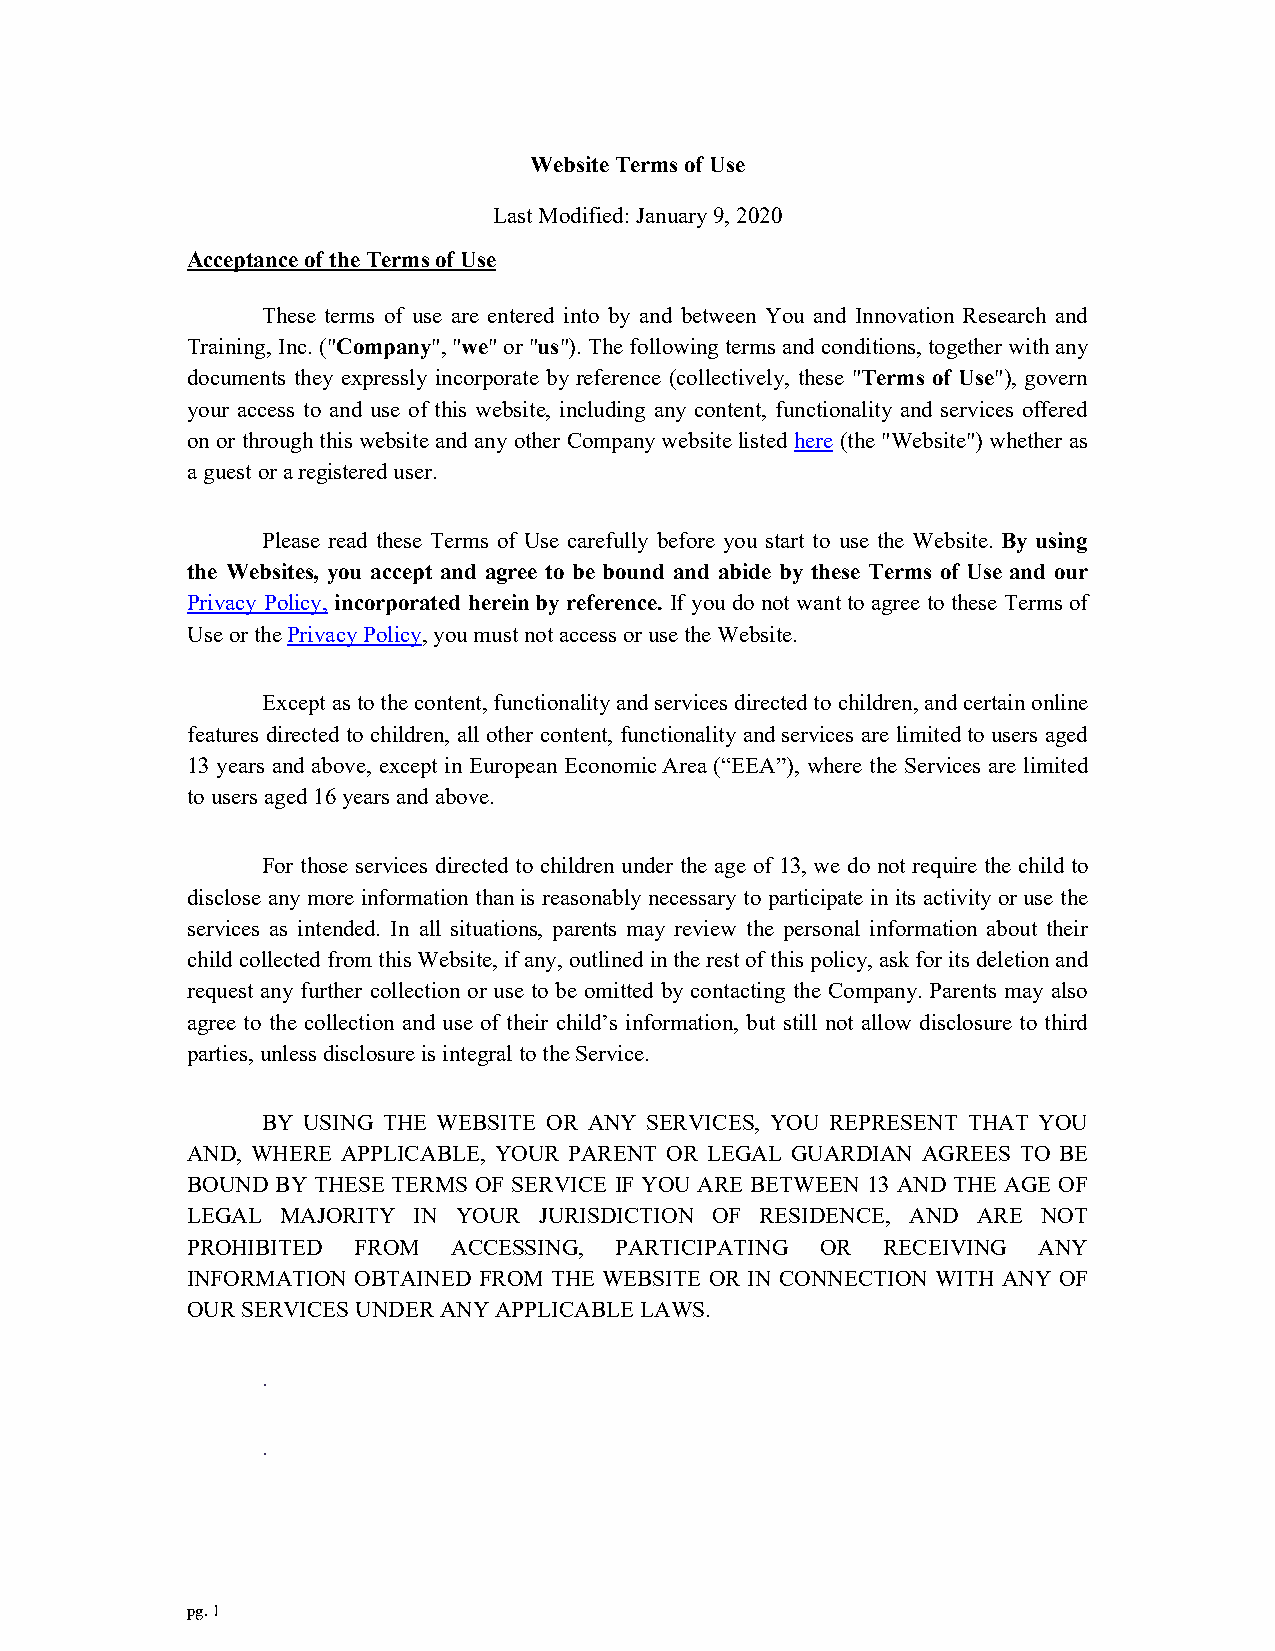
Website Terms of Use
 Last Modified: January 9, 2020
 Acceptance of the Terms of Use
 These terms of use are entered into by and between You and Innovation Research and
 Training, Inc. ("Company", "we" or "us"). The following terms and conditions, together with any
 documents they expressly incorporate by reference (collectively, these "Terms of Use"), govern
 your access to and use of this website, including any content, functionality and services offered
 on or through this website and any other Company website listed here (the "Website") whether as
 a guest or a registered user.
 Please read these Terms of Use carefully before you start to use the Website. By using
 the Websites, you accept and agree to be bound and abide by these Terms of Use and our
 Privacy Policy, incorporated herein by reference. If you do not want to agree to these Terms of
 Use or the Privacy Policy, you must not access or use the Website.
 Except as to the content, functionality and services directed to children, and certain online
 features directed to children, all other content, functionality and services are limited to users aged
 13 years and above, except in European Economic Area (“EEA”), where the Services are limited
 to users aged 16 years and above.
 For those services directed to children under the age of 13, we do not require the child to
 disclose any more information than is reasonably necessary to participate in its activity or use the
 services as intended. In all situations, parents may review the personal information about their
 child collected from this Website, if any, outlined in the rest of this policy, ask for its deletion and
 request any further collection or use to be omitted by contacting the Company. Parents may also
 agree to the collection and use of their child’s information, but still not allow disclosure to third
 parties, unless disclosure is integral to the Service.
 BY USING THE WEBSITE OR ANY SERVICES, YOU REPRESENT THAT YOU
 AND, WHERE APPLICABLE, YOUR PARENT OR LEGAL GUARDIAN AGREES TO BE
 BOUND BY THESE TERMS OF SERVICE IF YOU ARE BETWEEN 13 AND THE AGE OF
 LEGAL  MAJORITY IN YOUR JURISDICTION OF RESIDENCE, AND ARE NOT
 PROHIBITED  FROM  ACCESSING, PARTICIPATING OR RECEIVING  ANY
 INFORMATION OBTAINED FROM THE WEBSITE OR IN CONNECTION WITH ANY OF
 OUR SERVICES UNDER ANY APPLICABLE LAWS.
 .
 .
 pg. 1